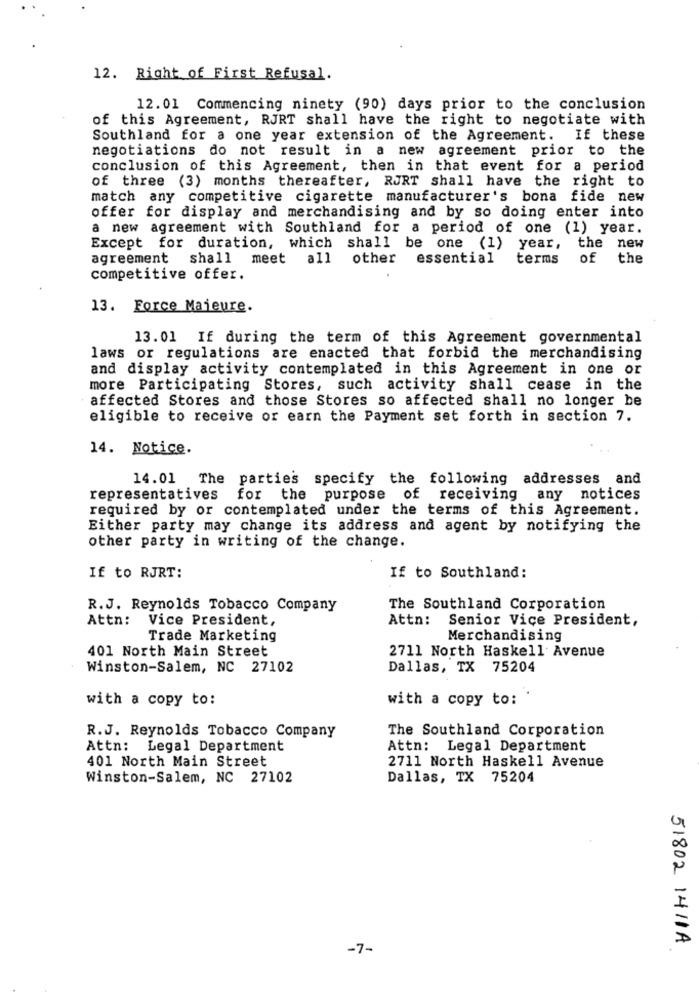
12. Right of First Refusal.
12.01 Commencing ninety (90) days prior to the conclusion
of this Agreement, RJRT shall have the right to negotiate with
Southland for a one year extension of the Agreement.
If these
negotiations do not result in a new agreement prior to the
conclusion of this Agreement, then in that event for a period
of three (3) months thereafter, RURT shall have the right to
match any competitive cigarette manufacturer's bona fide new
offer for display and merchandising and by so doing enter into
a new agreement with Southland for a period of one (1) year.
Except for duration, which shall be one (1) year, the new
agreement shall meet all other
essential
terms
of the
competitive offer.
13. Force Majeure.
13.01 If during the term of this Agreement governmental
laws or regulations are enacted that forbid the merchandising
and display activity contemplated in this Agreement in one or
more Participating Stores, such activity shall cease in the
affected Stores and those Stores so affected shall no longer be
eligible to receive or earn the Payment set forth in section 7.
14. Notice.
14.01 The parties specify the following addresses and
representatives
for the purpose of receiving any notices
required by or contemplated under the terms of this Agreement.
Either party may change its address and agent by notifying the
other party in writing of the change.
If to RJRT:
If to Southland:
R.J. Reynolds Tobacco Company
The Southland Corporation
Attn: Vice President,
Attn:
Senior Vice President,
Trade Marketing
Merchandising
401 North Main Street
2711 North Haskell Avenue
Winston-Salem, NC 27102
Dallas, TX 75204
with a copy to:
with a copy to:
The Southland Corporation
R.J. Reynolds Tobacco Company
Attn: Legal Department
Attn: Legal Department
401 North Main Street
2711 North Haskell Avenue
Winston-Salem, NC 27102
Dallas, TX 75204
-7-
51802 1411A